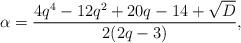
LaTeX: \begin{align*}\alpha=\frac{4q^4-12q^2+20q-14+\sqrt{D}}{2(2q-3)},\end{align*}